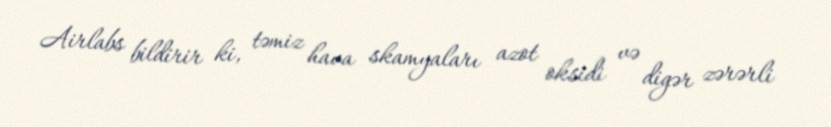
Airlabs bildirir ki, təmiz hava skamyaları azot oksidi və digər zərərli